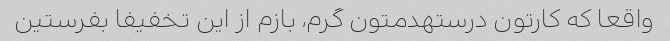
واقعا که کارتون درستهدمتون گرم، بازم از این تخفیفا بفرستین